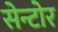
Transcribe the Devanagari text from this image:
सेन्टोर